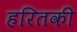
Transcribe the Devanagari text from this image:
हरितकी